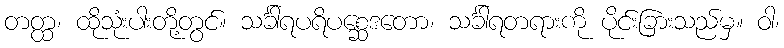
တတ္ထ၊ ထိုသုံးပါးတို့တွင်။ သင်္ခါရပရိပစ္ဆေဒတော၊ သင်္ခါရတရားကို ပိုင်းခြားသည်မှ။ ဝါ၊